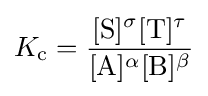
K_{\mathrm {c} }={\frac {[{\ce {S}}]^{\sigma }[{\ce {T}}]^{\tau }}{[{\ce {A}}]^{\alpha }[{\ce {B}}]^{\beta }}}